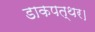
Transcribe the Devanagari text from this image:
डाकपत्थर।